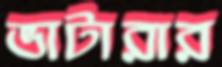
ভাটারার